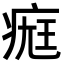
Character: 𤷀